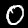
Label: 0